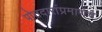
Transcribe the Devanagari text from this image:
पोतदारांप्रमाणेच